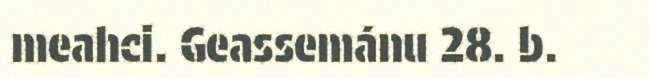
meahci. Geassemánu 28. b.